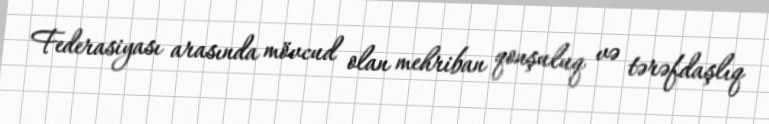
Federasiyası arasında mövcud olan mehriban qonşuluq və tərəfdaşlıq